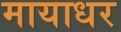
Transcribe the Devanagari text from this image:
मायाधर